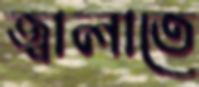
জ্বালাতে